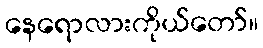
နေရောလားကိုယ်တော်။